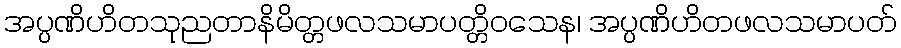
အပ္ပဏိဟိတသုညတာနိမိတ္တဖလသမာပတ္တိဝသေန၊ အပ္ပဏိဟိတဖလသမာပတ်